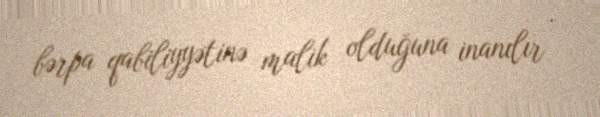
bərpa qabiliyyətinə malik olduğuna inanılır .